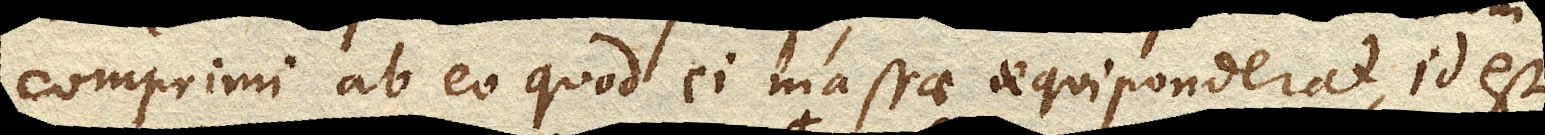
comprimi ab eo quod ei massae aequiponderat, id est